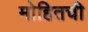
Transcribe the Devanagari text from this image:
मोहितची